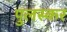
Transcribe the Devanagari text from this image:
पुलस्कर